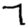
Digit: 7